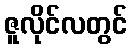
ဇူလိုင်လတွင်